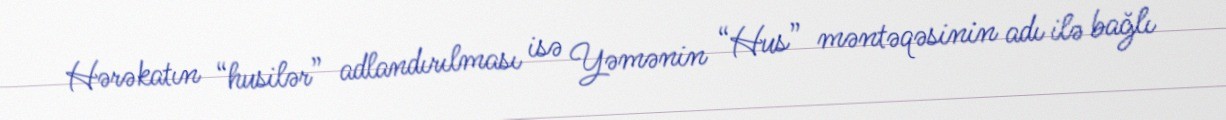
Hərəkatın “husilər” adlandırılması isə Yəmənin “Hus” məntəqəsinin adı ilə bağlı